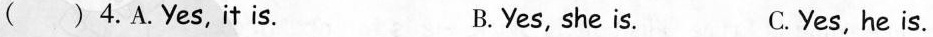
( ) 4.A.Yes,it is. B. Yes, she is. C.Yes, he is.